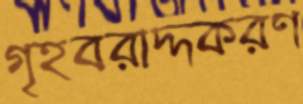
গৃহবরাদ্দকরণ